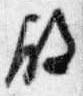
殿